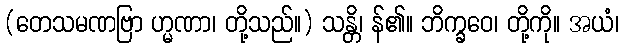
(တေသမဏဗြာ ဟ္မဏာ၊ တို့သည်။) သန္တိ၊ န်၏။ ဘိက္ခဝေ၊ တို့ကို။ အယံ၊